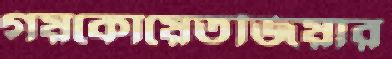
গয়কোয়েতজিয়ার